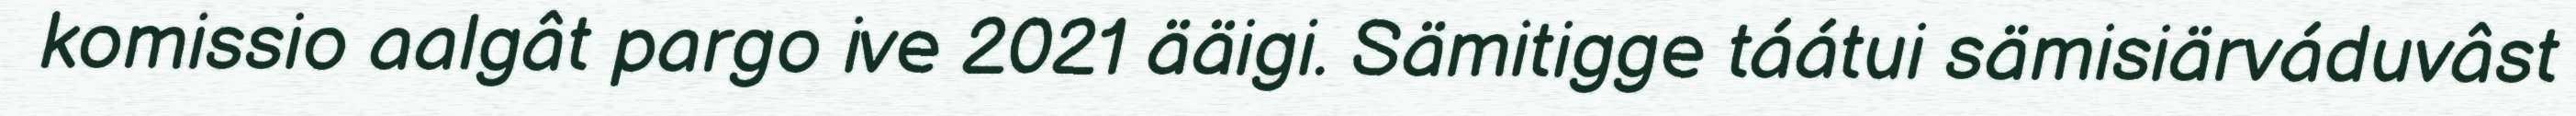
komissio aalgât pargo ive 2021 ääigi. Sämitigge táátui sämisiärváduvâst